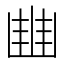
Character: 𠁳